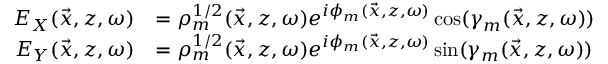
\begin{array} { r l } { E _ { X } ( \vec { x } , z , \omega ) } & { = \rho _ { m } ^ { 1 / 2 } ( \vec { x } , z , \omega ) e ^ { i \phi _ { m } ( \vec { x } , z , \omega ) } \cos ( \gamma _ { m } ( \vec { x } , z , \omega ) ) } \\ { E _ { Y } ( \vec { x } , z , \omega ) } & { = \rho _ { m } ^ { 1 / 2 } ( \vec { x } , z , \omega ) e ^ { i \phi _ { m } ( \vec { x } , z , \omega ) } \sin ( \gamma _ { m } ( \vec { x } , z , \omega ) ) } \end{array}